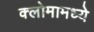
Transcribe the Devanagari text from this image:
क्लोमामध्ये